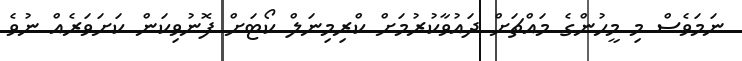
ނަމަވެސް މި މީހުންގެ މައްޗަށް ދައުވާކުރުމަށް ކްރިމިނަލް ކޯޓަށް ފޮނުވިކަން ކަށަވަރެއް ނުވެ